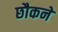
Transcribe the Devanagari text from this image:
छौकने